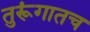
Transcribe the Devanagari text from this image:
तुरूंगातच